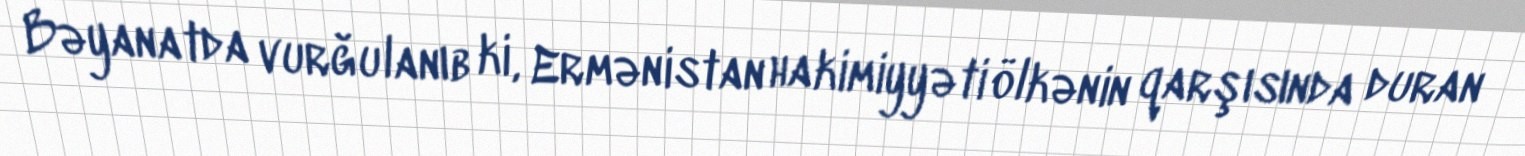
Bəyanatda vurğulanıb ki, Ermənistan hakimiyyəti ölkənin qarşısında duran